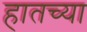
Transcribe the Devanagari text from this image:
हातच्या